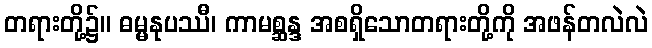
တရားတို့၌။ ဓမ္မနုပဿီ၊ ကာမစ္ဆန္ဒ အစရှိသောတရားတို့ကို အဖန်တလဲလဲ